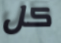
كل